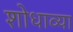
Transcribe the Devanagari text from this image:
शोधाव्या